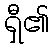
ရှီ၏